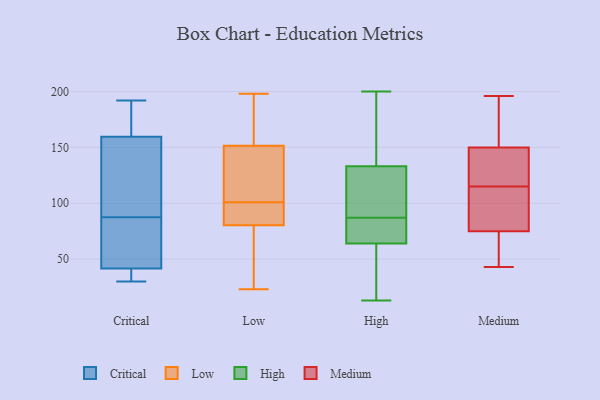
{"axis": {"x": "Budget (USD K)", "y": "Value"}, "legend": ["Critical", "High", "Low", "Medium"], "data": [{"x": "", "y": 180, "type": "Critical"}, {"x": "", "y": 36, "type": "Critical"}, {"x": "", "y": 39, "type": "Critical"}, {"x": "", "y": 34, "type": "Critical"}, {"x": "", "y": 57, "type": "Critical"}, {"x": "", "y": 192, "type": "Critical"}, {"x": "", "y": 112, "type": "Critical"}, {"x": "", "y": 135, "type": "Critical"}, {"x": "", "y": 178, "type": "Critical"}, {"x": "", "y": 83, "type": "Critical"}, {"x": "", "y": 147, "type": "Critical"}, {"x": "", "y": 30, "type": "Critical"}, {"x": "", "y": 172, "type": "Critical"}, {"x": "", "y": 44, "type": "Critical"}, {"x": "", "y": 92, "type": "Critical"}, {"x": "", "y": 80, "type": "Critical"}, {"x": "", "y": 66, "type": "Low"}, {"x": "", "y": 170, "type": "Low"}, {"x": "", "y": 163, "type": "Low"}, {"x": "", "y": 66, "type": "Low"}, {"x": "", "y": 156, "type": "Low"}, {"x": "", "y": 102, "type": "Low"}, {"x": "", "y": 88, "type": "Low"}, {"x": "", "y": 101, "type": "Low"}, {"x": "", "y": 127, "type": "Low"}, {"x": "", "y": 96, "type": "Low"}, {"x": "", "y": 138, "type": "Low"}, {"x": "", "y": 174, "type": "Low"}, {"x": "", "y": 23, "type": "Low"}, {"x": "", "y": 132, "type": "Low"}, {"x": "", "y": 98, "type": "Low"}, {"x": "", "y": 84, "type": "Low"}, {"x": "", "y": 198, "type": "Low"}, {"x": "", "y": 79, "type": "Low"}, {"x": "", "y": 61, "type": "Low"}, {"x": "", "y": 61, "type": "High"}, {"x": "", "y": 107, "type": "High"}, {"x": "", "y": 22, "type": "High"}, {"x": "", "y": 77, "type": "High"}, {"x": "", "y": 73, "type": "High"}, {"x": "", "y": 60, "type": "High"}, {"x": "", "y": 138, "type": "High"}, {"x": "", "y": 177, "type": "High"}, {"x": "", "y": 87, "type": "High"}, {"x": "", "y": 107, "type": "High"}, {"x": "", "y": 200, "type": "High"}, {"x": "", "y": 175, "type": "High"}, {"x": "", "y": 119, "type": "High"}, {"x": "", "y": 13, "type": "High"}, {"x": "", "y": 78, "type": "High"}, {"x": "", "y": 43, "type": "Medium"}, {"x": "", "y": 175, "type": "Medium"}, {"x": "", "y": 157, "type": "Medium"}, {"x": "", "y": 72, "type": "Medium"}, {"x": "", "y": 155, "type": "Medium"}, {"x": "", "y": 120, "type": "Medium"}, {"x": "", "y": 126, "type": "Medium"}, {"x": "", "y": 150, "type": "Medium"}, {"x": "", "y": 49, "type": "Medium"}, {"x": "", "y": 75, "type": "Medium"}, {"x": "", "y": 74, "type": "Medium"}, {"x": "", "y": 142, "type": "Medium"}, {"x": "", "y": 93, "type": "Medium"}, {"x": "", "y": 110, "type": "Medium"}, {"x": "", "y": 196, "type": "Medium"}, {"x": "", "y": 123, "type": "Medium"}, {"x": "", "y": 78, "type": "Medium"}, {"x": "", "y": 92, "type": "Medium"}]}